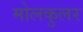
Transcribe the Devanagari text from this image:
मोलकुलर